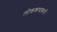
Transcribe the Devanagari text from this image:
लोककथाकारों